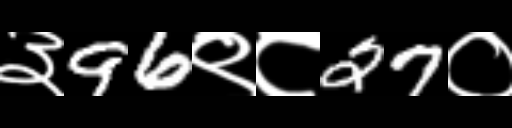
Text: ३96९८27०